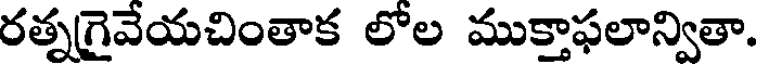
రత్నగైవేయచింతాక లోల ముక్తాఫలాన్వితా.